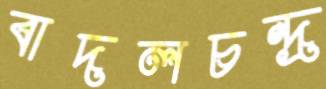
বাদলচন্দ্র